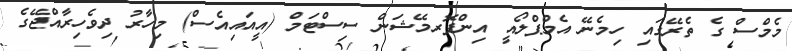
މެމްސް ގެ ތެރޭގައި ހިމެނޭ އެމްޕްލޯއީ އިންފޮރމޭޝަން ސިސްޓަމް (އީއައިއެސް) މިހާރު ދިވެހިރާއްޖޭގެ